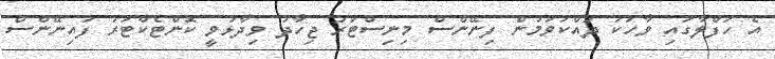
އެ ހަފްލާގައި ވާހަކަ ދައްކަވަމުން ފިނޭންސް މިނިސްޓަރު ޖިހާދު ވިދާޅުވީ ކޮންޓެކްޓަރު ފައިނޭންސް